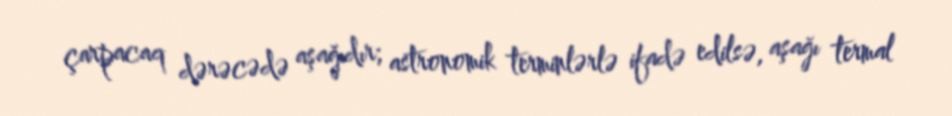
çarpacaq dərəcədə aşağıdır; astronomik terminlərlə ifadə edilsə, aşağı termal